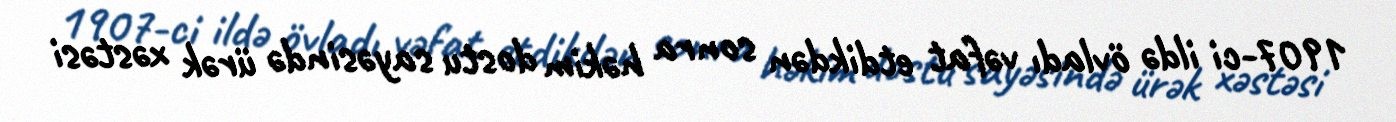
1907-ci ildə övladı vəfat etdikdən sonra həkim dostu sayəsində ürək xəstəsi